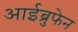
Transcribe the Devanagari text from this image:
आईब्रुफेन